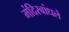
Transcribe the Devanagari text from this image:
मंदिरबांधले